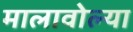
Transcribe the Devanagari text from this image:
मालावोल्या